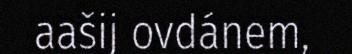
aašij ovdánem,